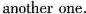
another one.